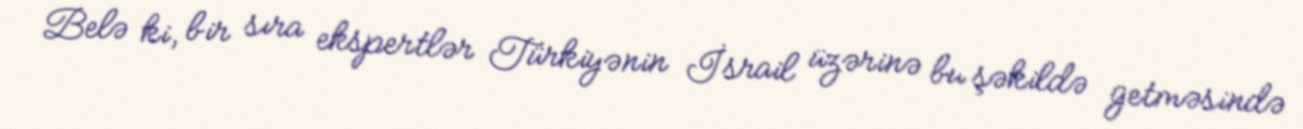
Belə ki, bir sıra ekspertlər Türkiyənin İsrail üzərinə bu şəkildə getməsində